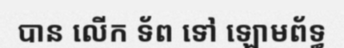
បាន លើក ទ័ព ទៅ ឡោមព័ទ្ធ